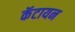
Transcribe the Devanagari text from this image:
कॅटायन